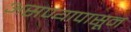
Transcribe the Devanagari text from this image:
असण्यापासून